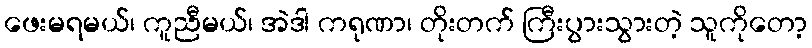
ဖေးမရမယ်၊ ကူညီမယ်၊ အဲဒါ ကရုဏာ၊ တိုးတက် ကြီးပွားသွားတဲ့ သူကိုတော့